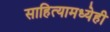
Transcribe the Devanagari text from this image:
साहित्यामध्येही